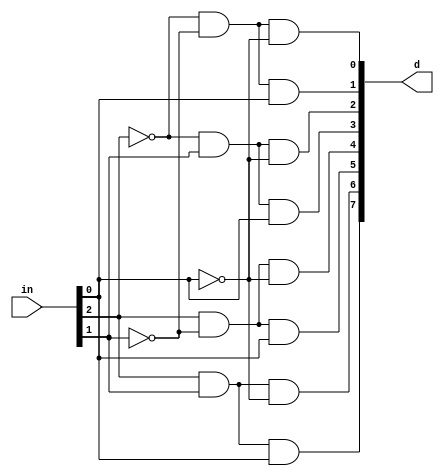
// 3 to 8 Decoder

module Decoder (in, d);
	input [2:0] in;
	output [7:0] d;

	assign d[0] = !in[2] & !in[1] & !in[0];
	assign d[1] = !in[2] & !in[1] & in[0];
	assign d[2] = !in[2] & in[1] & !in[0];
	assign d[3] = !in[2] & in[1] & in[0];
	assign d[4] = in[2] & !in[1] & !in[0];
	assign d[5] = in[2] & !in[1] & in[0];
	assign d[6] = in[2] & in[1] & !in[0];
	assign d[7] = in[2] & in[1] & in[0];
endmodule